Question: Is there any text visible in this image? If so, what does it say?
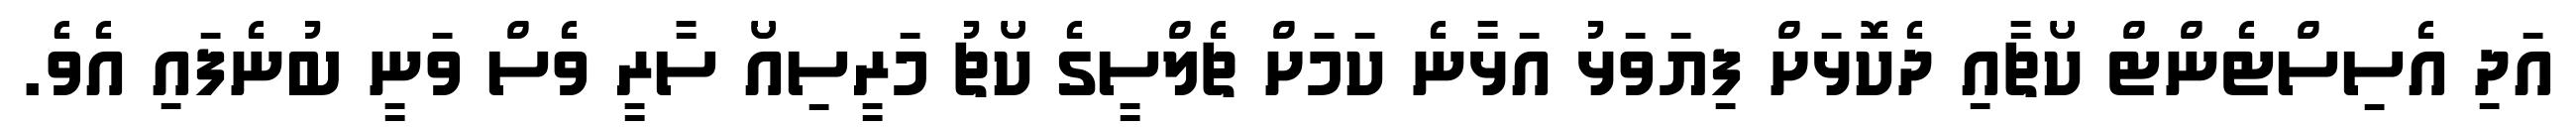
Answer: އަދި އެސިސްޓެންޓް ކޯޗާއި ދެކޮޅަށް ފިޔަވަޅު އަޅާނެ ކަމަށް ޗެލްސީގެ ކޯޗު މަރީސިއޯ ސާރީ ވެސް ވަނީ ބުނެފައި އެވެ.